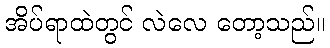
အိပ်ရာထဲတွင် လဲလေ တော့သည်။